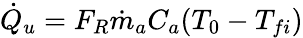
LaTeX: \begin{array}{r}{{\dot{Q}}_{u}=F_{R}{\dot{m}}_{a}C_{a}(T_{0}-T_{fi})}\end{array}